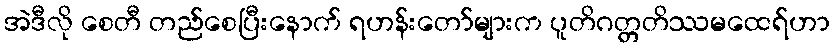
အဲဒီလို စေတီ တည်စေပြီးနောက် ရဟန်းတော်များက ပူတိဂတ္တတိဿမထေရ်ဟာ